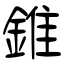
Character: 錐